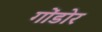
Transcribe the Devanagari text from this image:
गोंडोर